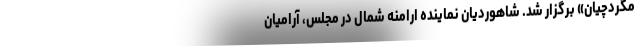
مگردچیان» برگزار شد. شاهوردیان نماینده ارامنه شمال در مجلس، آرامیان